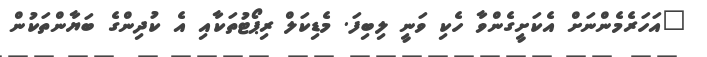
"އަހަރެމެންނަށް އެކަށީގެންވާ ހެކި ވަނީ ލިބިފަ. މެޑިކަލް ރިޕޯޓުތަކާއި އެ ކުދިންގެ ބަޔާންތަކުން